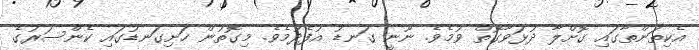
އެކިތަންތާގައި ގޮށްލާ ދުޅަވާގޮތް ވުމެވެ. ނޫނީ ގަނޑު އުފެދުމެވެ. މިގޮތުން ހަށިގަނޑުގައި ކެންސަރުގެ